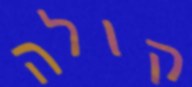
קולה